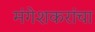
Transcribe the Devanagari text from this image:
मंगेशकरांचा